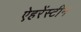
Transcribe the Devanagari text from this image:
ऐहरेंस्टीन